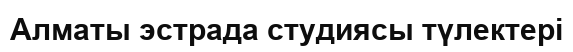
Алматы эстрада студиясы түлектері